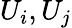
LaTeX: U_{i},U_{j}